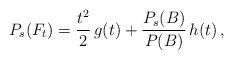
LaTeX: \begin{align*} P_s(F_t)=\frac{t^2}{2}\,g(t)+\frac{P_s(B)}{P(B)}\,h(t)\,, \end{align*}